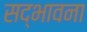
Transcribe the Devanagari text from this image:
सद्‌भावना